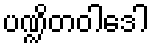
ပဏ္ဍိတဝါဒေါ